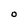
Character: O